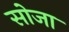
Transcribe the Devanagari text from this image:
सोजा